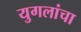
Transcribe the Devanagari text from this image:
युगलांचा